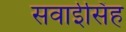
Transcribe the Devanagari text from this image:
सवाईसिंह